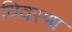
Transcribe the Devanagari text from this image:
विवरणा